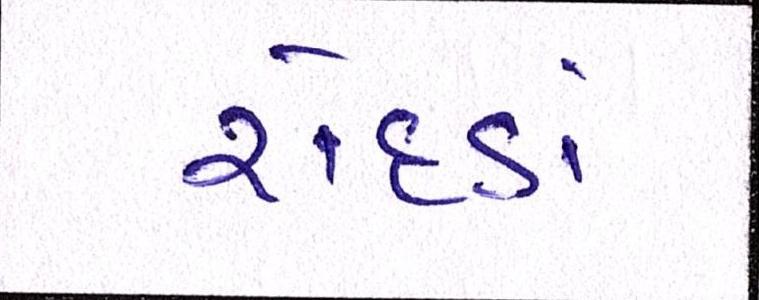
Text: રોદડાં